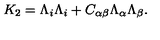
K _ { 2 } = \Lambda _ { i } \Lambda _ { i } + C _ { \alpha \beta } \Lambda _ { \alpha } \Lambda _ { \beta } .